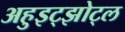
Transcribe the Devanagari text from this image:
अहुइट्झोट्ल